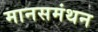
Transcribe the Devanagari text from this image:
मानसमंथन